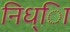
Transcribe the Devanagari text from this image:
निध्ाि